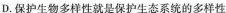
D.保护生物多样性就是保护生态系统的多样性